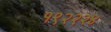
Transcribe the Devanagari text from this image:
१९२२२४